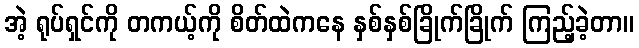
အဲ့ ရုပ်ရှင်ကို တကယ့်ကို စိတ်ထဲကနေ နှစ်နှစ်ခြိုက်ခြိုက် ကြည့်ခဲ့တာ။